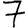
Digit: 7